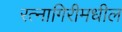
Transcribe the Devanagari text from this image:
रत्नागिरीमधील